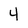
Character: 4